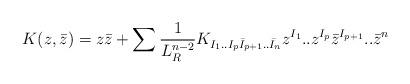
LaTeX: \begin{align*}K(z,\bar z)= z\bar z + \sum {1\over {L_R^{n-2}}} K_{I_1..I_p\bar I_{p+1}..\bar I_n} z^{I_1}..z^{I_p}\bar z^{I_{p+1}}..\bar z^n\end{align*}